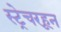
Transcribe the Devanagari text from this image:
स्ट्रेचरहून